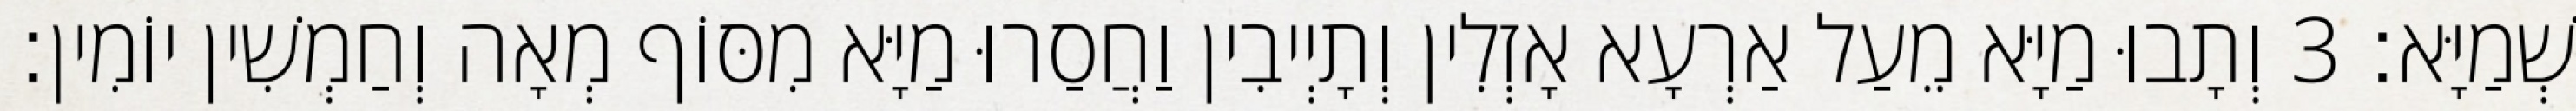
שְׁמַיָּא׃ 3 וְתָבוּ מַיָּא מֵעַל אַרְעָא אָזְלִין וְתָיְיבִין וַחֲסַרוּ מַיָּא מִסּוֹף מְאָה וְחַמְשִׁין יוֹמִין׃